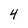
Character: 4